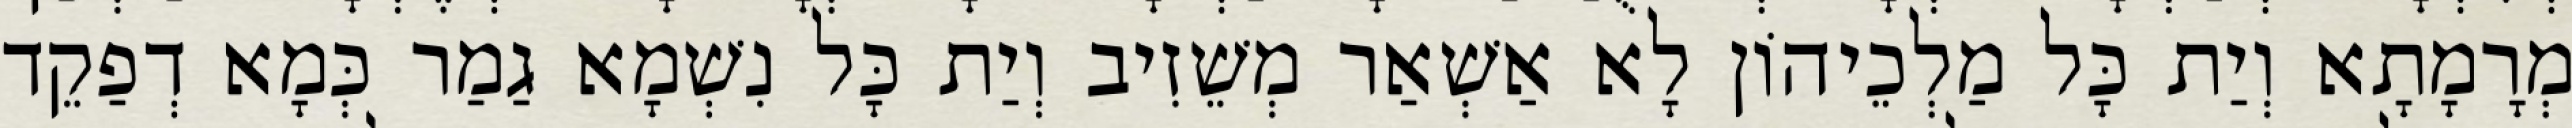
מְרָמָתָא וְיַת כָּל מַלְכֵיהוֹן לָא אַשְׁאַר מְשֵׁזִיב וְיַת כָּל נִשְׁמָא גַמַר כְּמָא דְפַקֵד